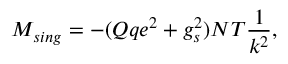
{ \cal M } _ { s i n g } = - ( Q q e ^ { 2 } + g _ { s } ^ { 2 } ) { \cal N T } \frac { 1 } { k ^ { 2 } } ,